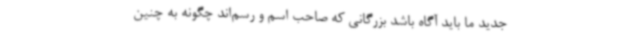
جدید ما باید آگاه باشد بزرگانی که صاحب اسم و رسم‌اند چگونه به چنین